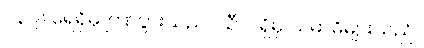
၁၃၉။ ရေရှိမှ ကြာပွားသည်။ သီလရှိမှ သမာဓိများသည်။